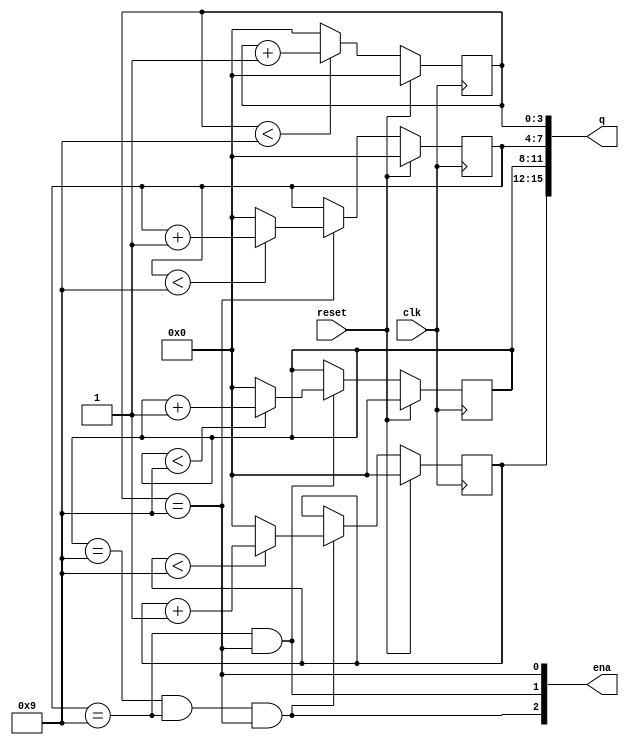
module top_module (
    input clk,
    input reset,   // Synchronous active-high reset
    output [3:1] ena,
    output [15:0] q);
    
    
    wire [3:0] q0, q1, q2, q3;
    
    
    assign ena = {q2 == 9 && q1 == 9 && q0 == 9, q1 == 9 && q0 == 9, q0 == 9};
    assign q = {q3, q2, q1, q0};
    // one
    always@(posedge clk) begin
        if(reset == 1)
            q0 <= 0;
        else 
            begin 
                    if(q0 < 9)
                        q0 <= q0 + 4'b1;
                    else
                        q0 <= 0;
        	end
    end
	
    // ten
    always@(posedge clk) begin
        if(reset == 1)
            q1 <= 0;
        else 
            begin
                if(ena[1])
                    if(q1 < 9)
                        q1 <= q1 + 4'b1;
                    else
                        q1 <= 0;
        	end
    end
    
    // hundred
    always@(posedge clk) begin
        if(reset == 1)
            q2 <= 0;
        else 
            begin
                if(ena[2])
                    if(q2 < 9)
                        q2 <= q2 + 4'b1;
                    else
                        q2 <= 0;
        	end
    end
    
    // thousand
    always@(posedge clk) begin
        if(reset == 1)
            q3 <= 0;
        else 
            begin
                if(ena[3])
                    if(q3 < 9)
                        q3 <= q3 + 4'b1;
                    else
                        q3 <= 0;
        	end
    end
    
endmodule